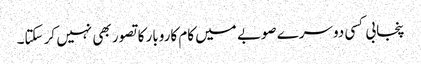
پنجابی کسی دوسرے صوبے میں کام کاروبار کا تصور بھی نہیں کر سکتا۔